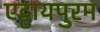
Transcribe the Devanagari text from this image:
एट्टायपुरम